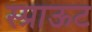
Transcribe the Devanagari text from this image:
स्प्राऊट